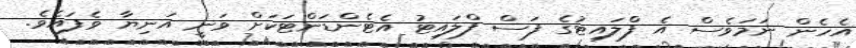
އެހެން ނަމަވެސް އެ ފްލައިޓުގެ ފަސް ފްލައިޓު އެޓެންޑަންޓަކަށް ވަނީ އަނިޔާ ވެފައެވެ.